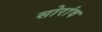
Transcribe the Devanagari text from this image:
सोरांव